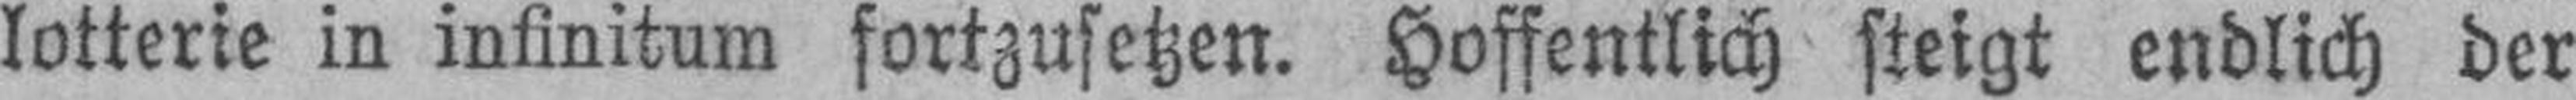
lotterie in infinitum fortzusetzen. Hoffentlich steigt endlich der